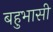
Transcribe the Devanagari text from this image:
बहुभासी